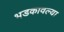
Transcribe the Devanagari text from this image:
भडकावल्या